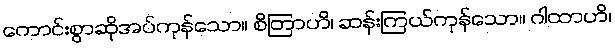
ကောင်းစွာဆိုအပ်ကုန်သော။ စိတြာဟိ၊ ဆန်းကြယ်ကုန်သော။ ဂါထာဟိ၊